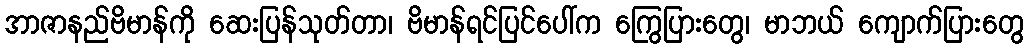
အာဇာနည်ဗိမာန်ကို ဆေးပြန်သုတ်တာ၊ ဗိမာန်ရင်ပြင်ပေါ်က ကြွေပြားတွေ၊ မာဘယ် ကျောက်ပြားတွေ